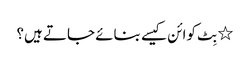
٭ بِٹ کوائن کیسے بنائے جاتے ہیں؟